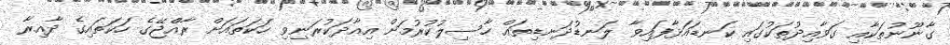
ގާނޫނުތަކާއި ގަަވާއިދުތަކުގައި ކަނޑައަޅާފައިވާ ލަނޑުދަނޑިތައް ހާސިލުކުރުމަށް އިއާދަކުރަނިވި ހަކަތައަށް ރާއްޖޭގެ ހަކަތައިގެ ދާއިރާ